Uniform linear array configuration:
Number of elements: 16
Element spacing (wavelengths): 0.5
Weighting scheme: hann
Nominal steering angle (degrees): -30
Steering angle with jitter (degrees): -30.981
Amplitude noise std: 0.05
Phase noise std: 0.05

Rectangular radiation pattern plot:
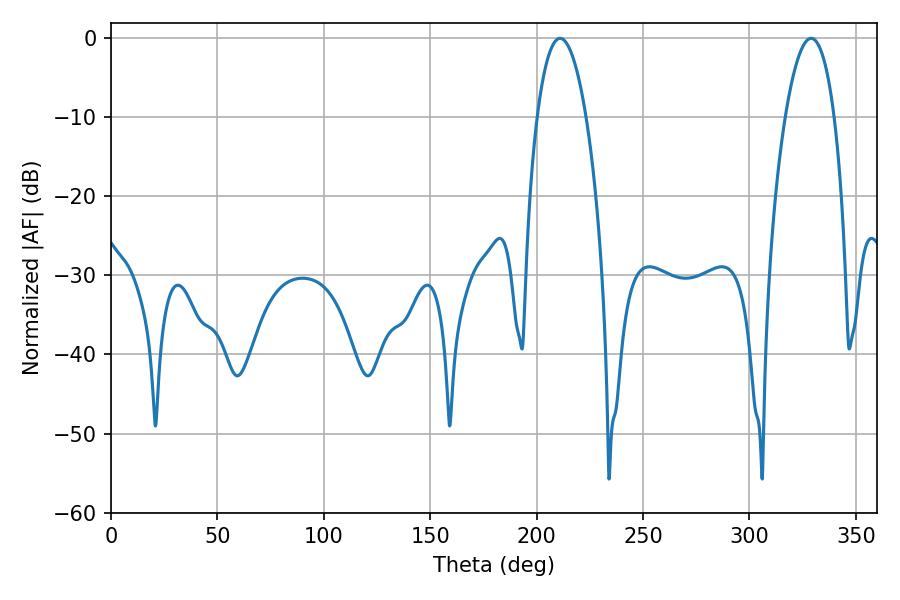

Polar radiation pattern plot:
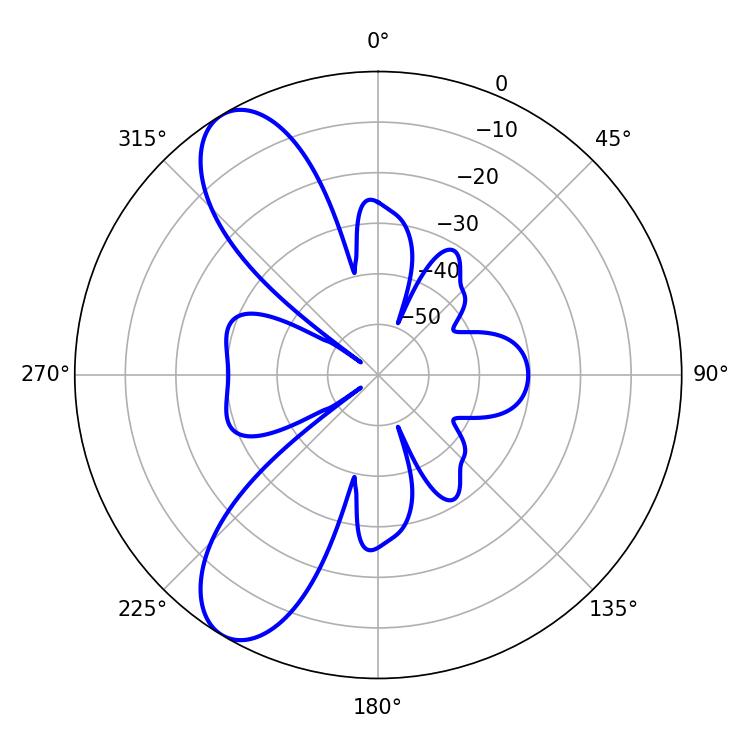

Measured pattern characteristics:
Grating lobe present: FALSE
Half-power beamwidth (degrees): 12.78
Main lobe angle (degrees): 210.96